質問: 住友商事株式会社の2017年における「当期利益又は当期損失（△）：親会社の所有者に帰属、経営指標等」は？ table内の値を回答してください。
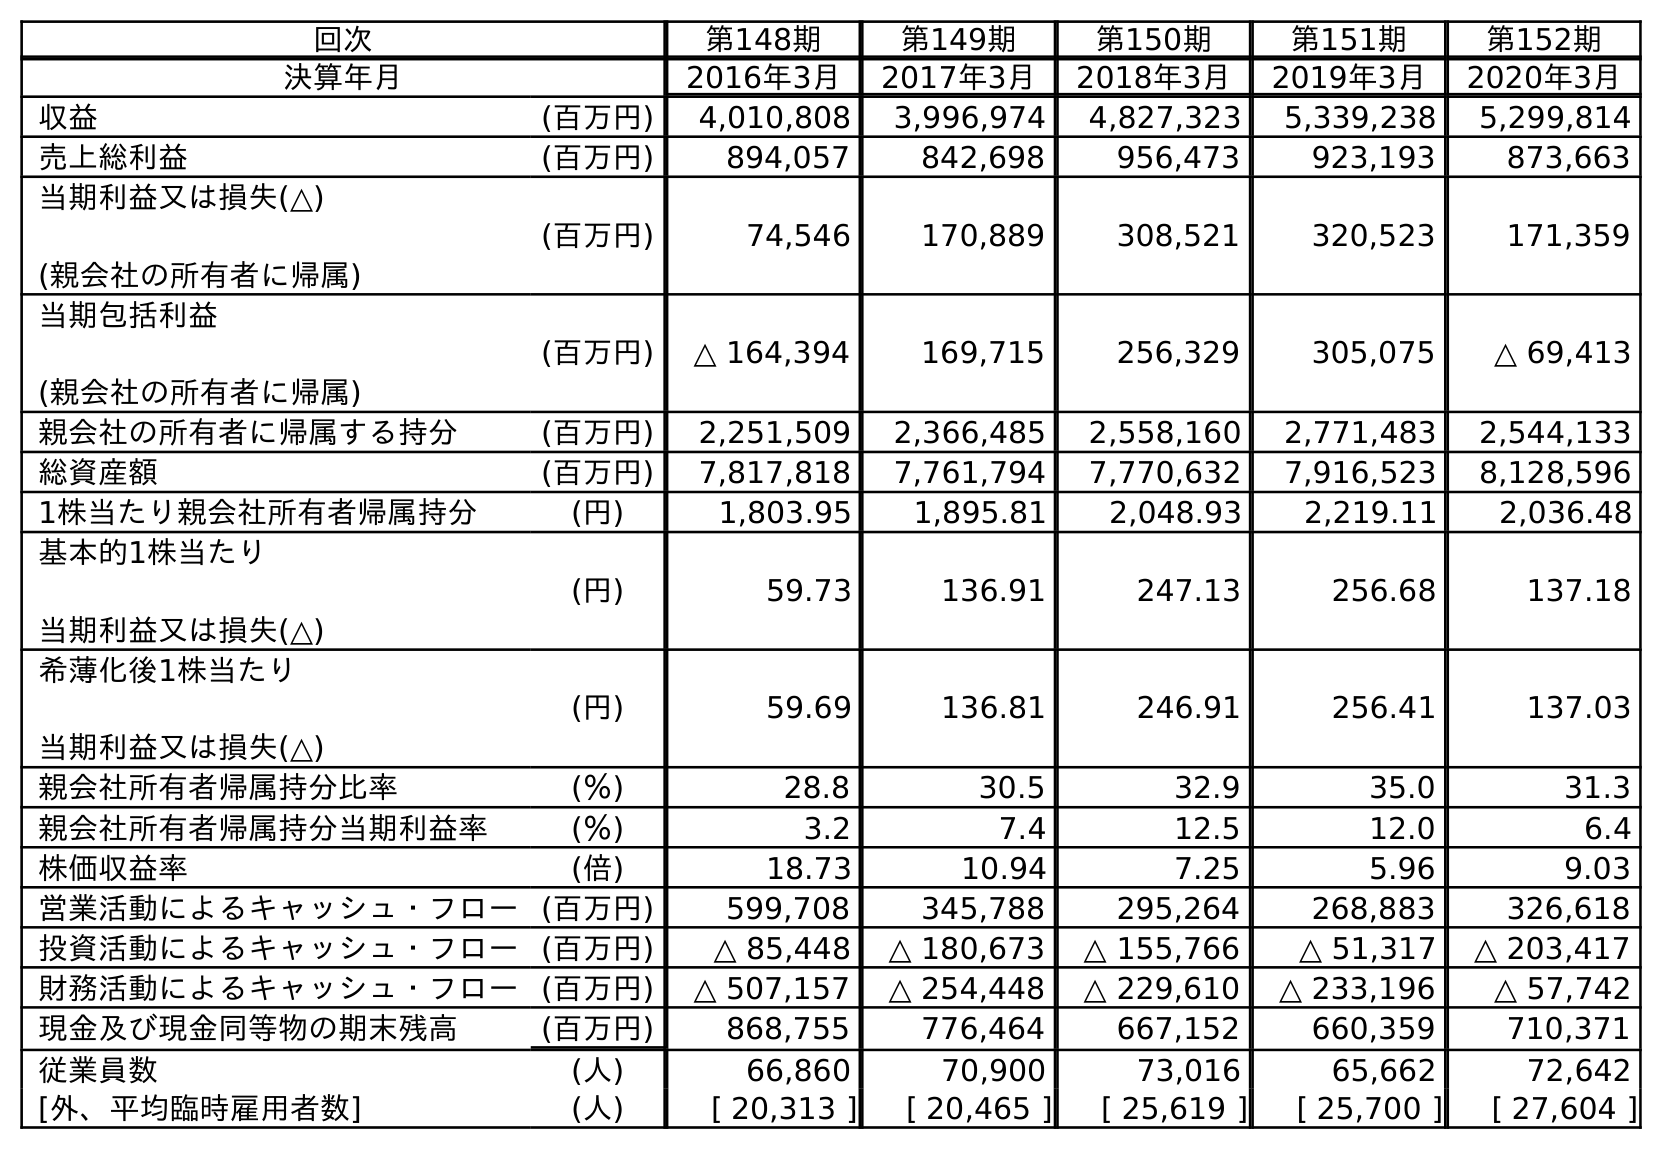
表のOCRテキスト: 回次 第148期 第149期 第150期 第151期 第152期 決算年月 2016年3月 2017年3月 2018年3月 2019年3月 2020年3月 収益 (百万円) 4,010,808 3,996,974 4,827,323 5,339,238 5,299,814 売上総利益 (百万円) 894,057 842,698 956,473 923,193 873,663 当期利益又は損失(△) (親会社の所有者に帰属) (百万円) 74,546 170,889 308,521 320,523 171,359 当期包括利益 (親会社の所有者に帰属) (百万円) △ 164,394 169,715 256,329 305,075 △ 69,413 親会社の所有者に帰属する持分 (百万円) 2,251,509 2,366,485 2,558,160 2,771,483 2,544,133 総資産額 (百万円) 7,817,818 7,761,794 7,770,632 7,916,523 8,128,596 1株当たり親会社所有者帰属持分 (円) 1,803.95 1,895.81 2,048.93 2,219.11 2,036.48 基本的1株当たり 当期利益又は損失(△) (円) 59.73 136.91 247.13 256.68 137.18 希薄化後1株当たり 当期利益又は損失(△) (円) 59.69 136.81 246.91 256.41 137.03 親会社所有者帰属持分比率 (％) 28.8 30.5 32.9 35.0 31.3 親会社所有者帰属持分当期利益率 (％) 3.2 7.4 12.5 12.0 6.4 株価収益率 (倍) 18.73 10.94 7.25 5.96 9.03 営業活動によるキャッシュ・フロー(百万円) 599,708 345,788 295,264 268,883 326,618 投資活動によるキャッシュ・フロー(百万円) △ 85,448 △ 180,673 △ 155,766 △ 51,317 △ 203,417 財務活動によるキャッシュ・フロー(百万円) △ 507,157 △ 254,448 △ 229,610 △ 233,196 △ 57,742 現金及び現金同等物の期末残高 (百万円) 868,755 776,464 667,152 660,359 710,371 従業員数 (人) 66,860 70,900 73,016 65,662 72,642 [外、平均臨時雇用者数] (人) [ 20,313 ] [ 20,465 ] [ 25,619 ] [ 25,700 ] [ 27,604 ]
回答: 170,889